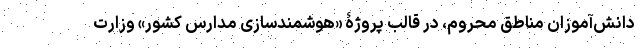
دانش‌آموزان مناطق محروم، در قالب پروژۀ «هوشمندسازی مدارس کشور» وزارت